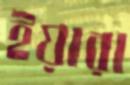
ইয়ারা